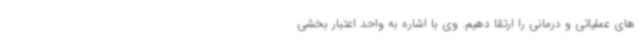
های عملیاتی و درمانی را ارتقا دهیم. وی با اشاره به واحد اعتبار بخشی